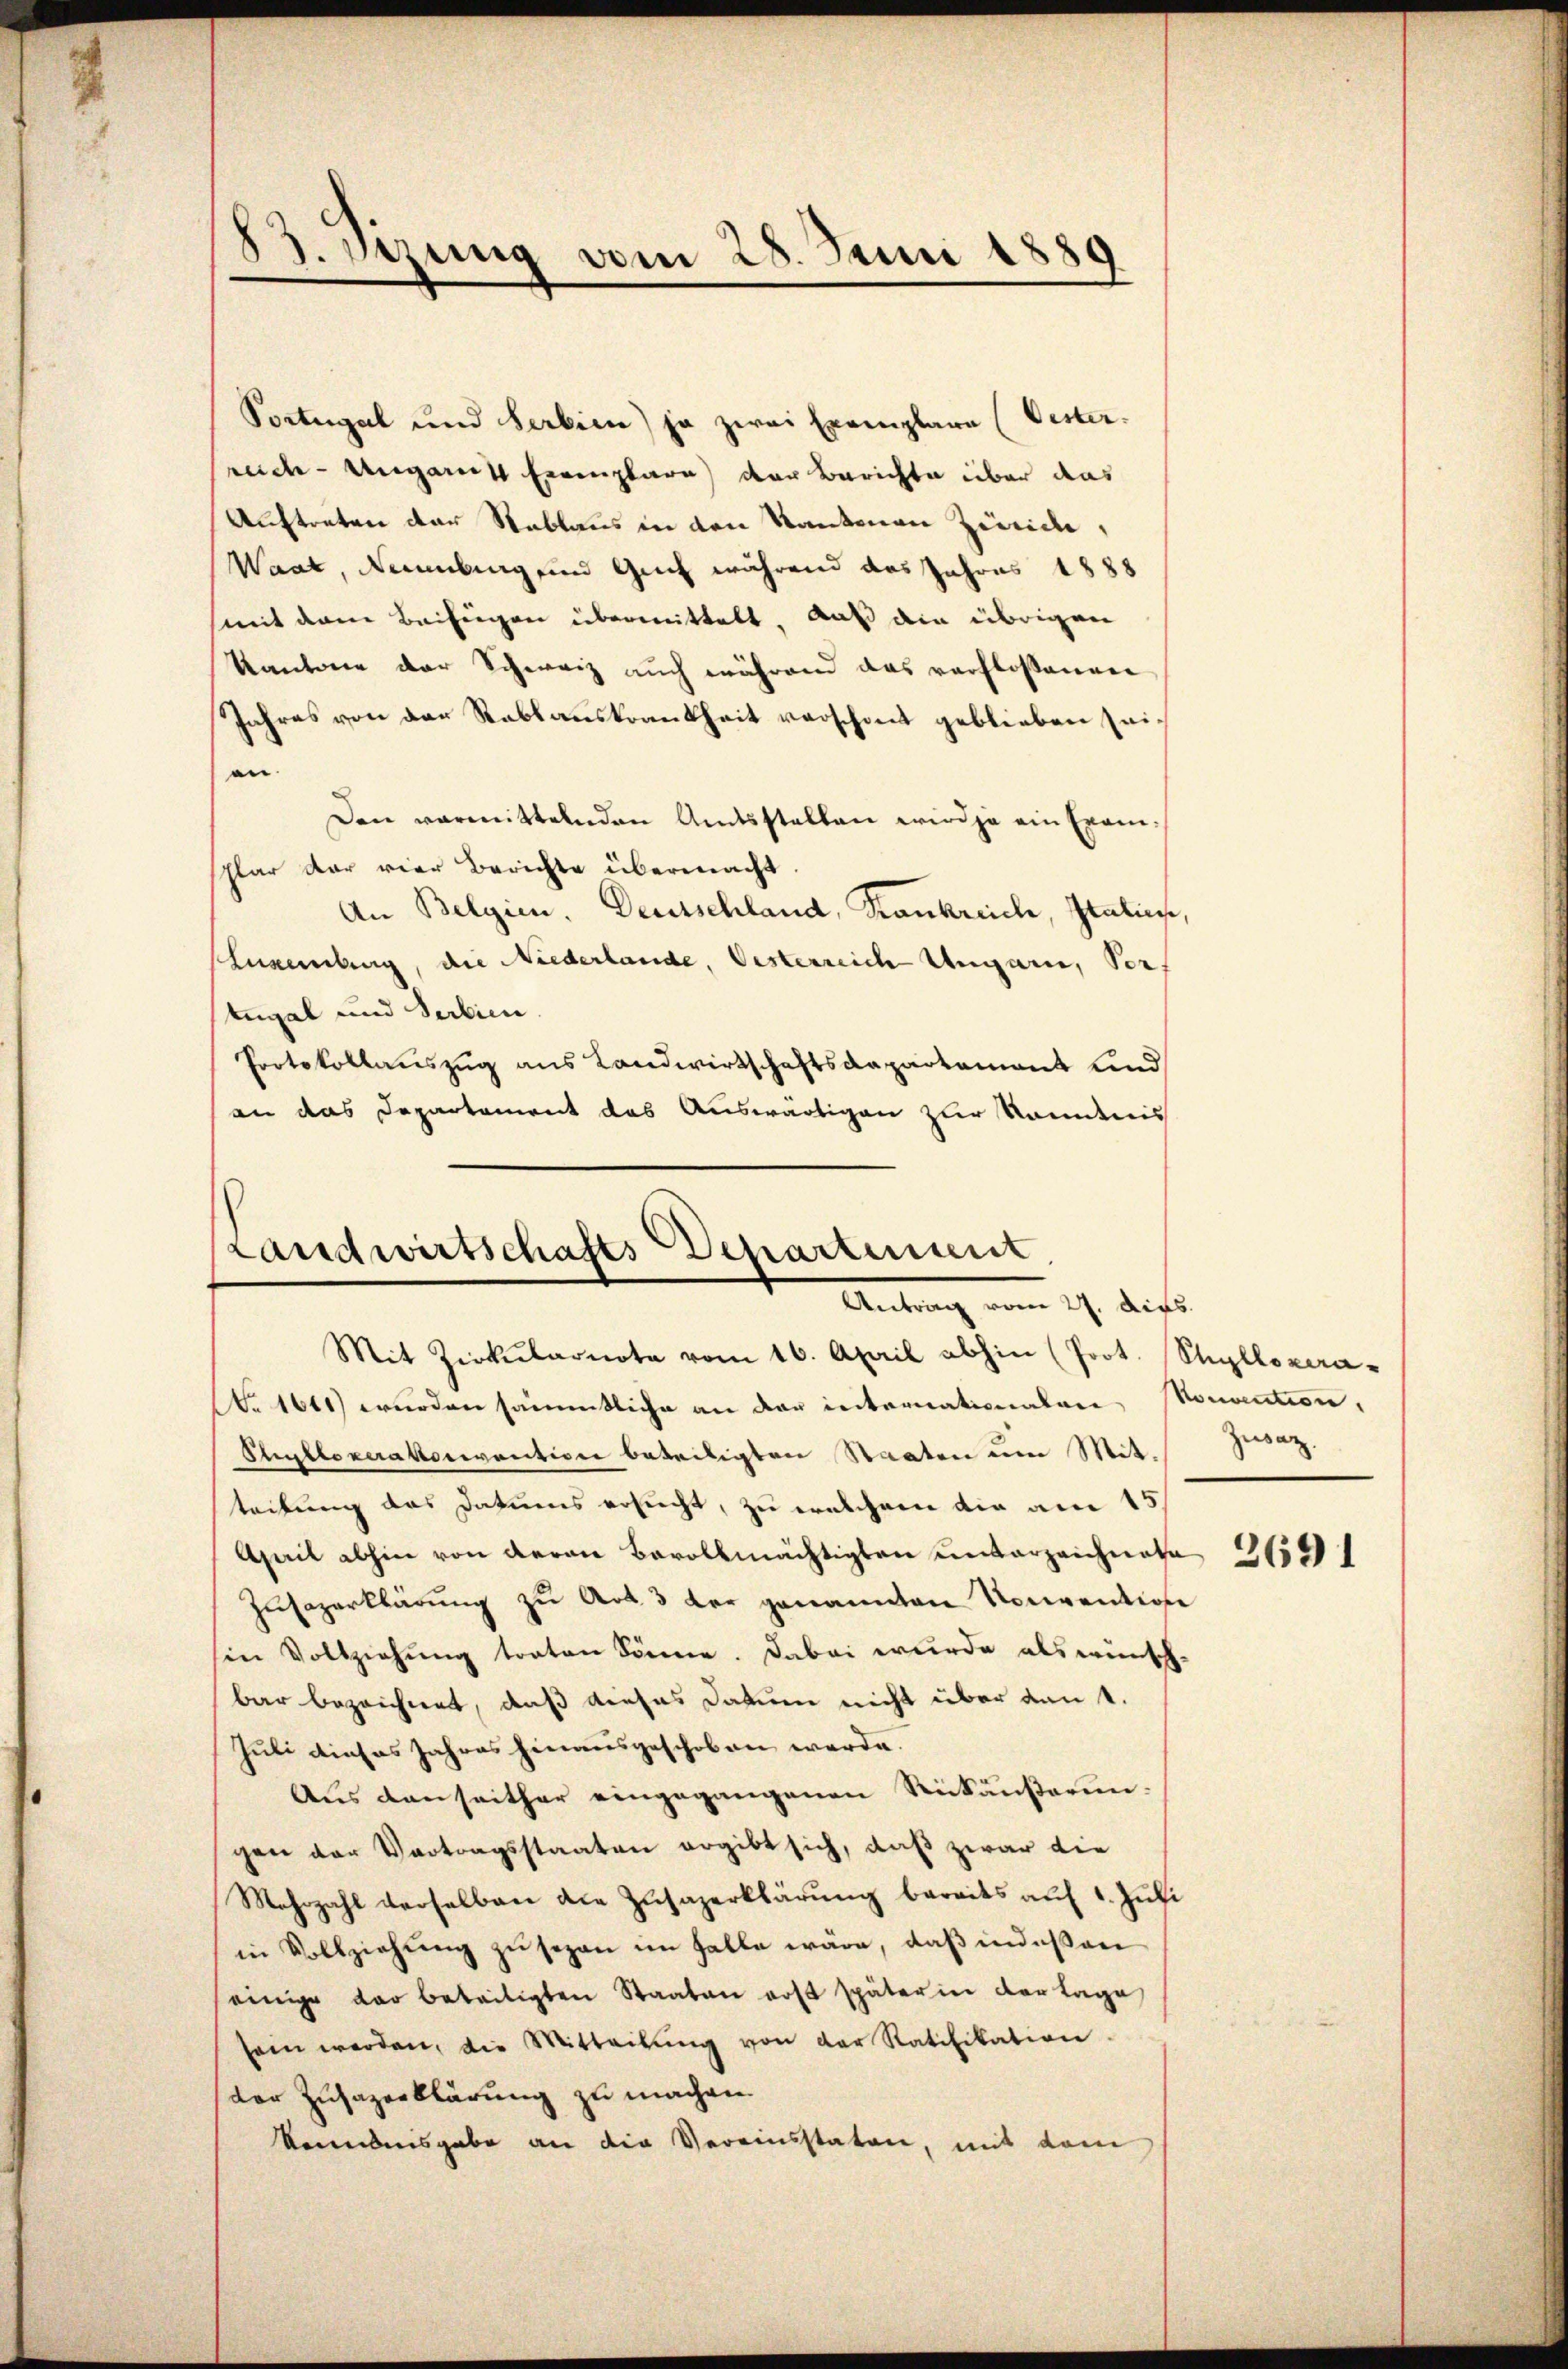
B.Stzung vom 28. Juni 1889

Portugal und Serbien) ja zwei Exemplare (Oester.
rnde Ungarin Exemplare der Berichte über das
Auftreten der Rablaus in den Kantonen Zürich,
Waat, anberg und Guch während das Jahres 1888
mit dem Beifügen übermittelt. Daß die übrigen
Kantone der Schweiz auch während das verfloßannen
Jahres von der Rablanskrankheit verschont geblieben seien
Den vermittelnden Amtsstellen wird ja ein Examsplar der vier Berichte übermacht.
An Belgien. Deutschland, Krankreich, Italien,
Luxenburg, die Niederlande, Oesterreich-Ungarn, Vors
tugal und Serbien.
Protokollauszug aus Landwirtschaftsdepartement Kind
an das Departement das Auswärtigen zur Kenntnis

Landwirtschafts-Departement
Antrag vom 17. dies

Mit Zirkŭlarnote vom 16. April abhin (Prot. Stylloxera¬
Nr 1641) wurden sämmtliche an der internationalen Monation,
Plylloverakonvention beteiligten Staaten um Mit Zwaz.
teilung das Datums ersucht, zu welchem die am 15.
Aerit abhin von deren Bevollmächtigten unterzeichnete
Zusozerklärŭng zu Art. 3 der genannten Konvention
sin Vollziehung traten könne. Dabei wurde als wünsch-
bar bezeichnet, daß dieses Datum nicht über den 1.
Juli dieses Jahres hinausgeschoben werde.
Aus denseither eingegangenen Rückäußerungen der Vertragsstaaten ergibt sich, daß zwar die
Mehrzahl derselben die Zusazerklärung bereits auf 1. Juli
in Vollziehung zu sezen im Falle wäre, daß indeßen
einige der beteiligten Staaten erst später in der Lage
sein werden, die Mitteilŭng von der Ratifikation
der Zusazerklärung zu machen.
konntensgabe an die Vereinsstaten, mit dem

2691